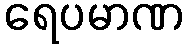
ရေပမာဏ